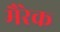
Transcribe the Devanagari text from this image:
मैरेक